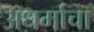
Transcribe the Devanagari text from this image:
अधर्माचा